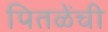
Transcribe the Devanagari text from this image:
पितळेंची